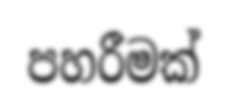
පහරීමක්